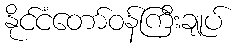
နိုင်ငံတော်ဝန်ကြီးချုပ်